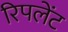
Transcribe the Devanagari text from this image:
रिपलेंट